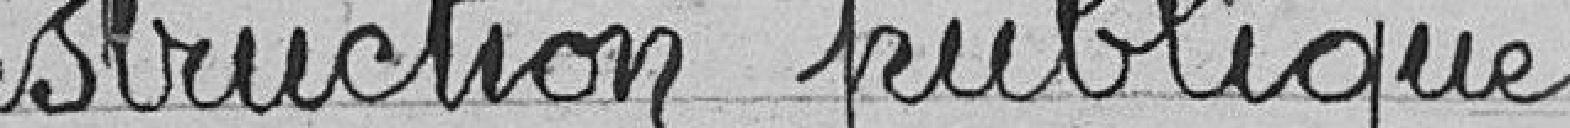
Instruction publique